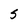
Character: S